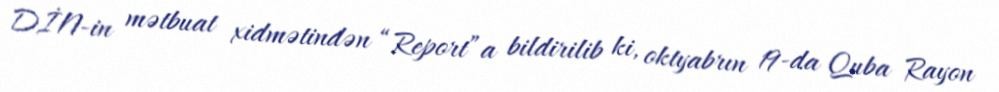
DİN-in mətbuat xidmətindən “Report”a bildirilib ki, oktyabrın 19-da Quba Rayon